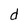
Character: d